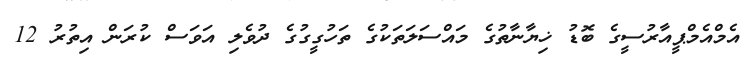
އެމްއެމްޕީއާރުސީގެ ބޮޑު ޚިޔާނާތުގެ މައްސަލަތަކުގެ ތަހުގީގުގެ ދުވެލި އަވަސް ކުރަން އިތުރު 12